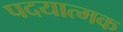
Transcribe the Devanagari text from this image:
पदयात्मक